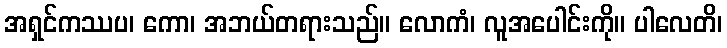
အရှင်ကဿပ၊ ကော၊ အဘယ်တရားသည်။ လောကံ၊ လူအပေါင်းကို။ ပါလေတိ၊